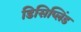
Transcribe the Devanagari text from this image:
डिसिप्लिंड